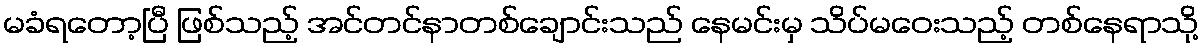
မခံရတော့ပြီ ဖြစ်သည့် အင်တင်နာတစ်ချောင်းသည် နေမင်းမှ သိပ်မဝေးသည့် တစ်နေရာသို့